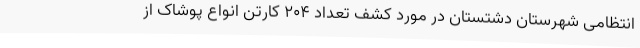
انتظامی شهرستان دشتستان در مورد کشف تعداد 204 کارتن انواع پوشاک از